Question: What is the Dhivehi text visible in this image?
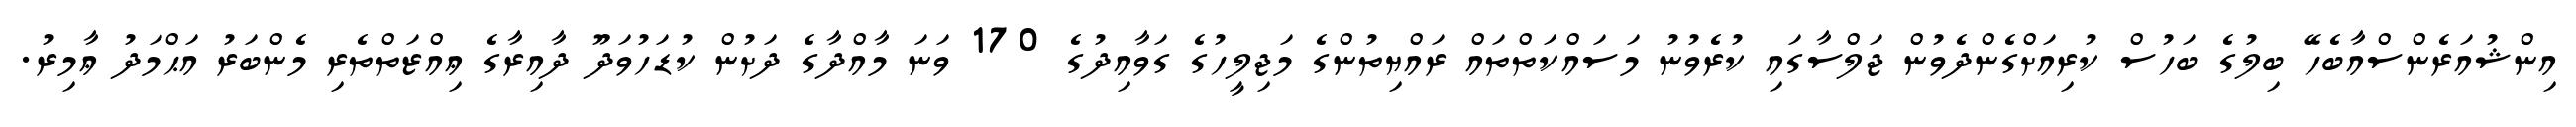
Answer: އިންޝުއަރެންސްއާބެހޭ ބިލުގެ ބަހުސް ކުރިއަށްގެންދެވުން ޖަލްސާގައި ކުރެވުނު މަސައްކަތްތައް ރައްޔިތުންގެ މަޖިލީހުގެ ގަވާއިދުގެ 170 ވަނަ މާއްދާގެ ދަށުން ކުޑަހުވަދޫ ދާއިރާގެ ޢިއްޒަތްތެރި މެންބަރު އަޙްމަދު ޢާމިރު.